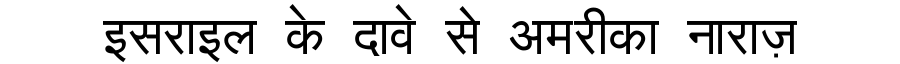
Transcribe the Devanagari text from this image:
इसराइल के दावे से अमरीका नाराज़